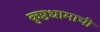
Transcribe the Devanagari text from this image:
कुष्ठधामाची